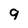
Character: 9